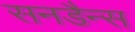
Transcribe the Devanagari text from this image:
सनडैन्स